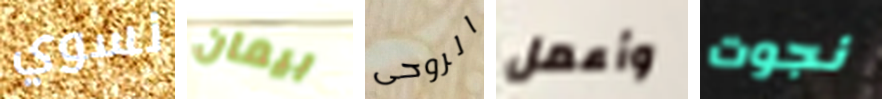
نسوي بيمان الروحى وأعمل نجوت